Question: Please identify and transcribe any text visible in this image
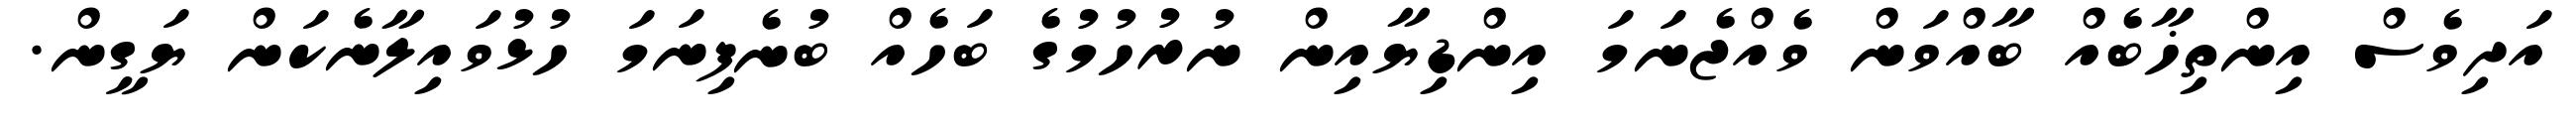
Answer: އަދިވެސް އިންތިޚާބެއް ބާއްވަން ވެއްޖެނަމަ އިންޑިޔާއިން ނުރުހުމުގެ ބަހެއް ބުނެފިނަމަ ހުޅުވައިލާނެކަން ޔަގީން.